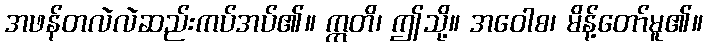
အဖန်တလဲလဲဆည်းကပ်အပ်၏။ ဣတိ၊ ဤသို့။ အဝေါစ၊ မိန့်တော်မူ၏။